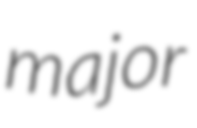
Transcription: major